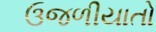
ઉજળીયાતો